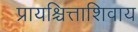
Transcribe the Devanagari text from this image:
प्रायश्चित्ताशिवाय